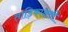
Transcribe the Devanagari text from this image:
ताड़िकाक्षसी